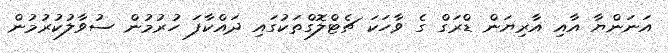
އަނަންޔާ އާއި އާރިޔަން ޑްރަގް ގެ ވާހަކަ ޗެޓްލޮގްތަކުގައި ދައްކާފަ ހުރުމުން ސުވާލުކުރުމުން